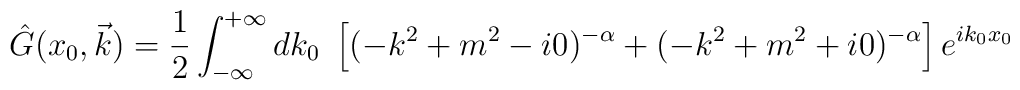
\hat{G}(x_0,\vec{k})=\frac{1}{2}\int_{-\infty}^{+\infty} dk_0~\left[(-k^2+m^2-i 0)^{-\alpha}+(-k^2+m^2+i 0)^{-\alpha}\right]e^{ik_0x_0}